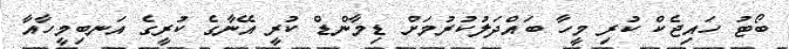
ބޯޓު ހައިޖެކް ކުރި މީހާ ބައްދަލުކުރުމަށް ޑިމާންޑް ކުރީ އޭނާގެ ކުރީގެ އަނބިމީހާއާ